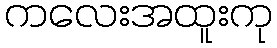
ကလေးအထူးကု